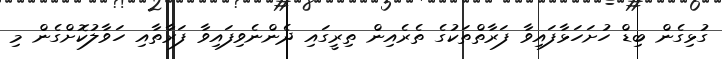
ގުޅިގެން ބިޑް ހުށަހަޅާފައިވާ ފަރާތްތަކުގެ ތެރެއިން ތިރީގައި ދެންނެވިފައިވާ ފަރާތާއި ހަވާލުކޮށްގެން މި